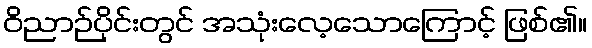
ဝိညာဉ်ပိုင်းတွင် အသုံးလေ့သောကြောင့် ဖြစ်၏။